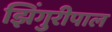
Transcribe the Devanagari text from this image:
झिंगुरीपाल